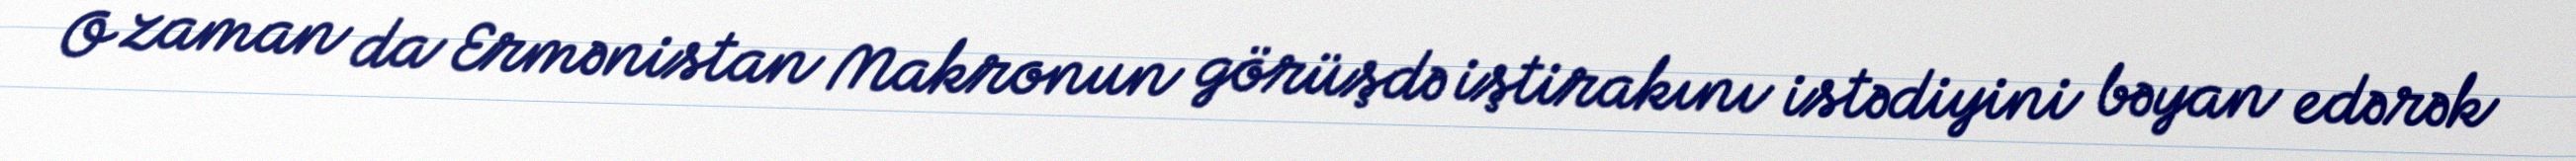
O zaman da Ermənistan Makronun görüşdə iştirakını istədiyini bəyan edərək